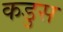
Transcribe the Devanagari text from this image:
कडुस